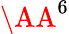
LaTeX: \AA^{6}